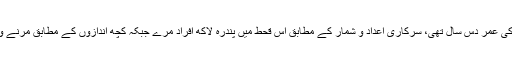
1943 میں جب بنگال میں قحط پڑا تو سین کی عمر دس سال تھی، سرکاری اعداد و شمار کے مطابق اس قحط میں پندرہ لاکھ افراد مرے جبکہ کچھ اندازوں کے مطابق مرنے والوں کی تعداد تیس لاکھ سے بھی زیادہ تھی۔